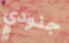
جنودي